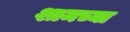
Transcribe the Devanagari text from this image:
शामच्या